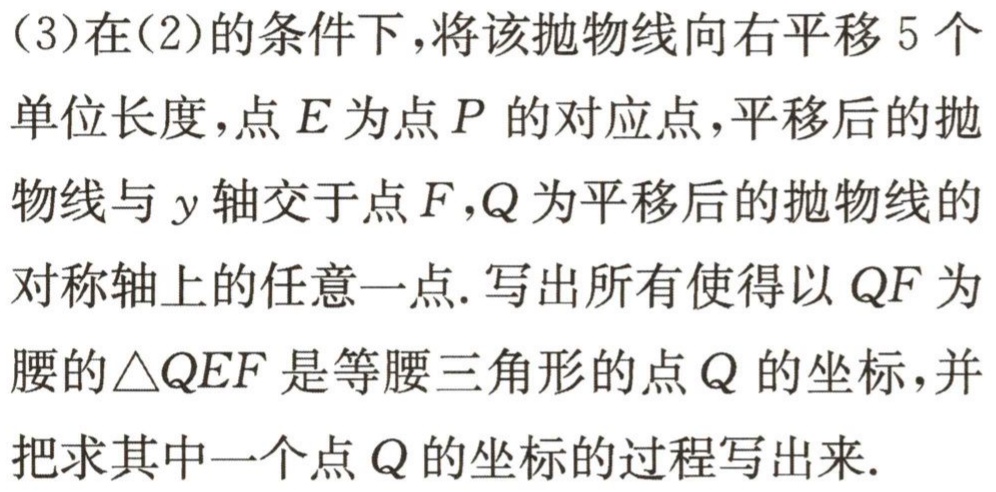
(3)在(2)的条件下，将该抛物线向右平移5个单位长度，点\(E\)为点\(P\)的对应点，平移后的抛物线与\(y\)轴交于点\(F\)，\(Q\)为平移后的抛物线的对称轴上的任意一点. 写出所有使得以\(QF\)为腰的\(\triangle QEF\)是等腰三角形的点\(Q\)的坐标，并把求其中一个点\(Q\)的坐标的过程写出来.